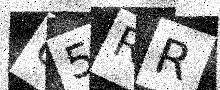
Text: U5RR